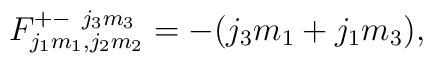
F_{j_{1}m_{1},j_{2}m_{2}}^{+-~j_{3}m_{3}} = -(j_3m_1+j_1m_3),